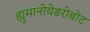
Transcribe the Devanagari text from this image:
ह्युमानोयेडरोबोट